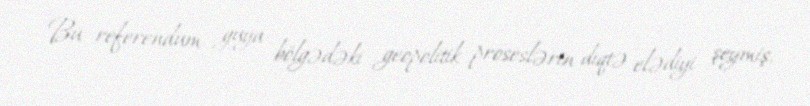
Bu referendum guya bölgədəki geopolitik proseslərin diqtə elədiyi şeymiş,